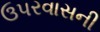
ઉપરવાસની